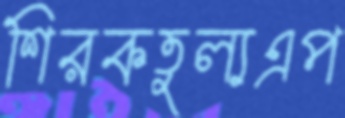
শিরকতুল্যএপ